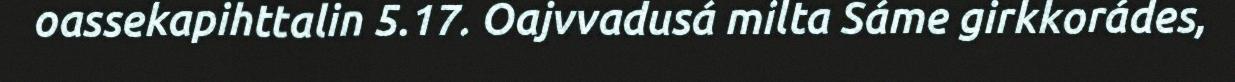
oassekapihttalin 5.17. Oajvvadusá milta Sáme girkkorádes,